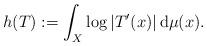
LaTeX: \begin{align*} h(T) := \int_{X} \log\left|T'(x)\right| \mathrm{d}\mu(x).\end{align*}